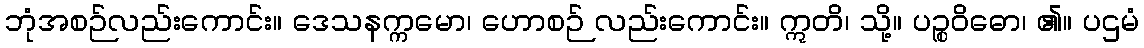
ဘုံအစဉ်လည်းကောင်း။ ဒေသနက္ကမော၊ ဟောစဉ် လည်းကောင်း။ ဣတိ၊ သို့။ ပဉ္စဝိဓော၊ ၏။ ပဌမံ